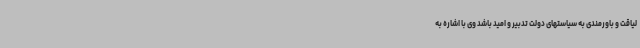
لیاقت و باورمندی به سیاستهای دولت تدبیر و امید باشد وی با اشاره به